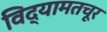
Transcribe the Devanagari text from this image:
विद्यामतचूर